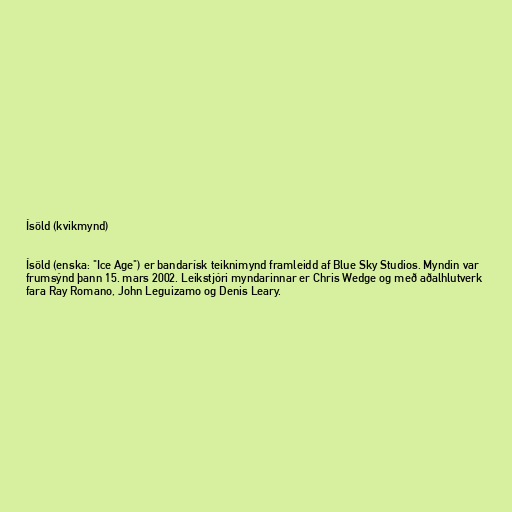
Ísöld (kvikmynd)

Ísöld (enska: "Ice Age") er bandarísk teiknimynd framleidd af Blue Sky Studios. Myndin var
frumsýnd þann 15. mars 2002. Leikstjóri myndarinnar er Chris Wedge og með aðalhlutverk
fara Ray Romano, John Leguizamo og Denis Leary.